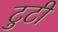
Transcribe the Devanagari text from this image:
टुटी